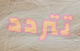
تتردد